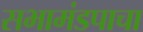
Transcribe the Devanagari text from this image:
सभामंडपाचा